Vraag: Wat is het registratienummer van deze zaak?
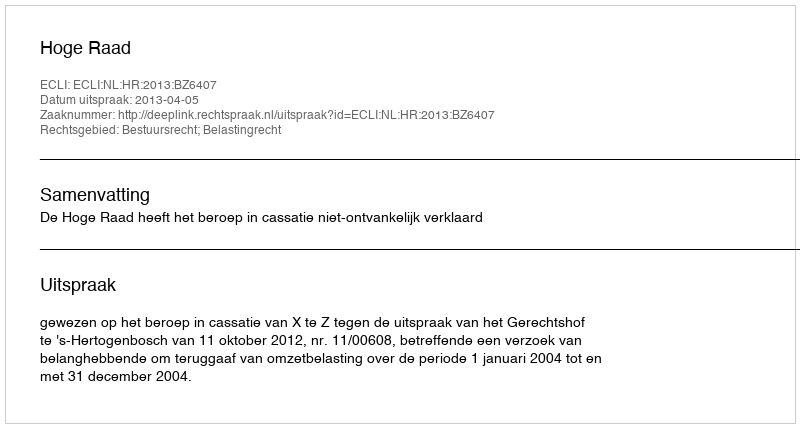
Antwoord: http://deeplink.rechtspraak.nl/uitspraak?id=ECLI:NL:HR:2013:BZ6407